Indian journal of veterinary science and animal husbandry - Volume 7,
Year: 1937
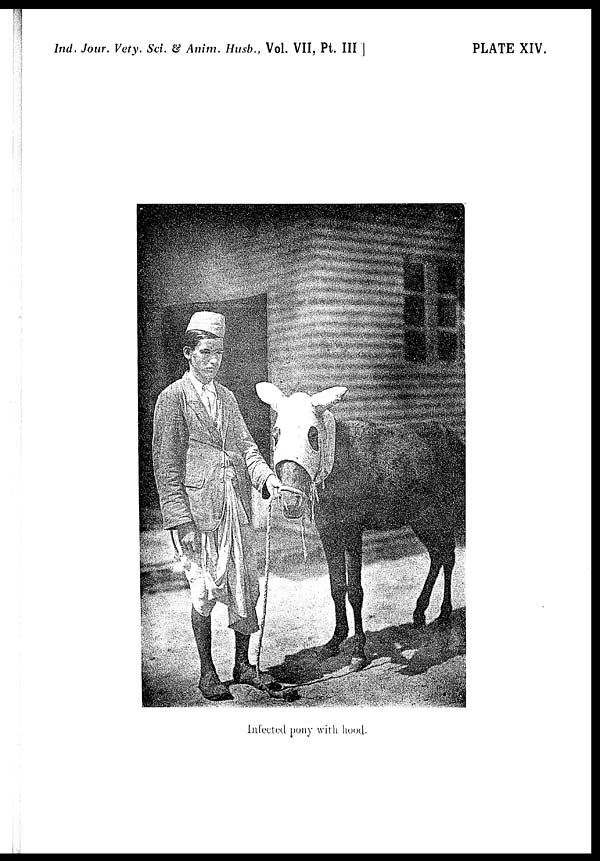
Ind. Jour. Vety. Sci. & Anim. Husb., Vol. VII, Pt. III ]
PLATE XIV.
Infected pony with hood.